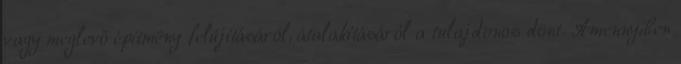
vagy meglevő építmény felújításáról, átalakításáról a tulajdonos dönt. Amennyiben